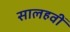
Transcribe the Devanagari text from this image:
सालहवीं